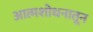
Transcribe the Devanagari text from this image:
आत्मशोधनातून